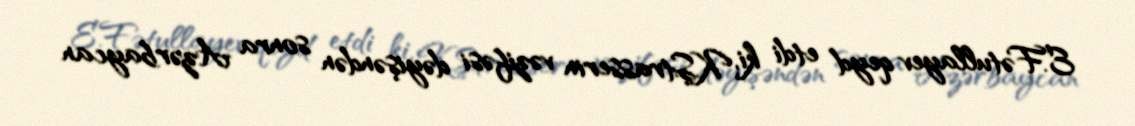
E.Fətullayev qeyd etdi ki, K.Ştrasserin vəzifəsi dəyişəndən sonra Azərbaycan